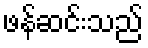
ဖန်ဆင်းသည်